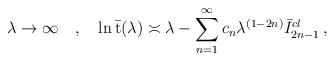
\begin{align*}\lambda \rightarrow \infty \quad , \quad \ln \bar {\mbox {t}}(\lambda)\asymp\lambda - \sum _{n=1}^\infty c_n \lambda ^{(1-2n)}\bar I_{2n-1}^{cl} \, ,\end{align*}